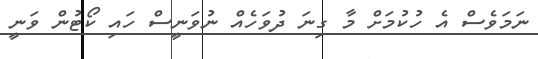
ނަމަވެސް އެ ހުކުމަށް މާ ގިނަ ދުވަހެއް ނުވަނީސް ހައި ކޯޓުން ވަނީ